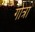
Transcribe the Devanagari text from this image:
गोत्रा